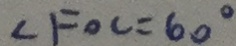
\angle F O C = 6 0 ^ { \circ }